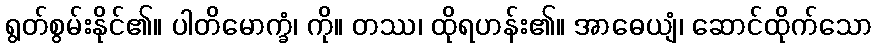
ရွတ်စွမ်းနိုင်၏။ ပါတိမောက္ခံ၊ ကို။ တဿ၊ ထိုရဟန်း၏။ အာဓေယျံ၊ ဆောင်ထိုက်သော